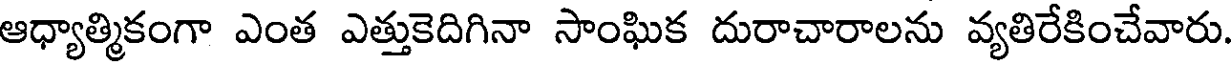
ఆధ్యాత్మికంగా ఎంత ఎత్తుకెదిగినా సాంఘిక దురాచారాలను వ్యతిరేకించేవారు